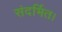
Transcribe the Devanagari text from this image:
संदर्भित।